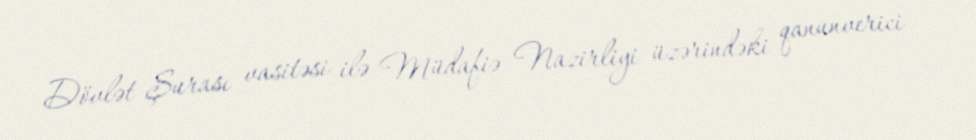
Dövlət Şurası vasitəsi ilə Müdafiə Nazirliyi üzərindəki qanunverici